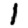
Digit: 1